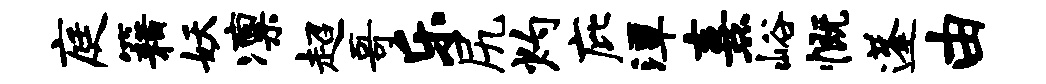
庭籍妖凛超哥乐尻灼庇潭熹峪慨蓬由